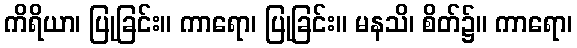
ကိရိယာ၊ ပြုခြင်း။ ကာရော၊ ပြုခြင်း။ မနသိ၊ စိတ်၌။ ကာရော၊